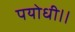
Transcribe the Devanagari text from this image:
पयोधी।।